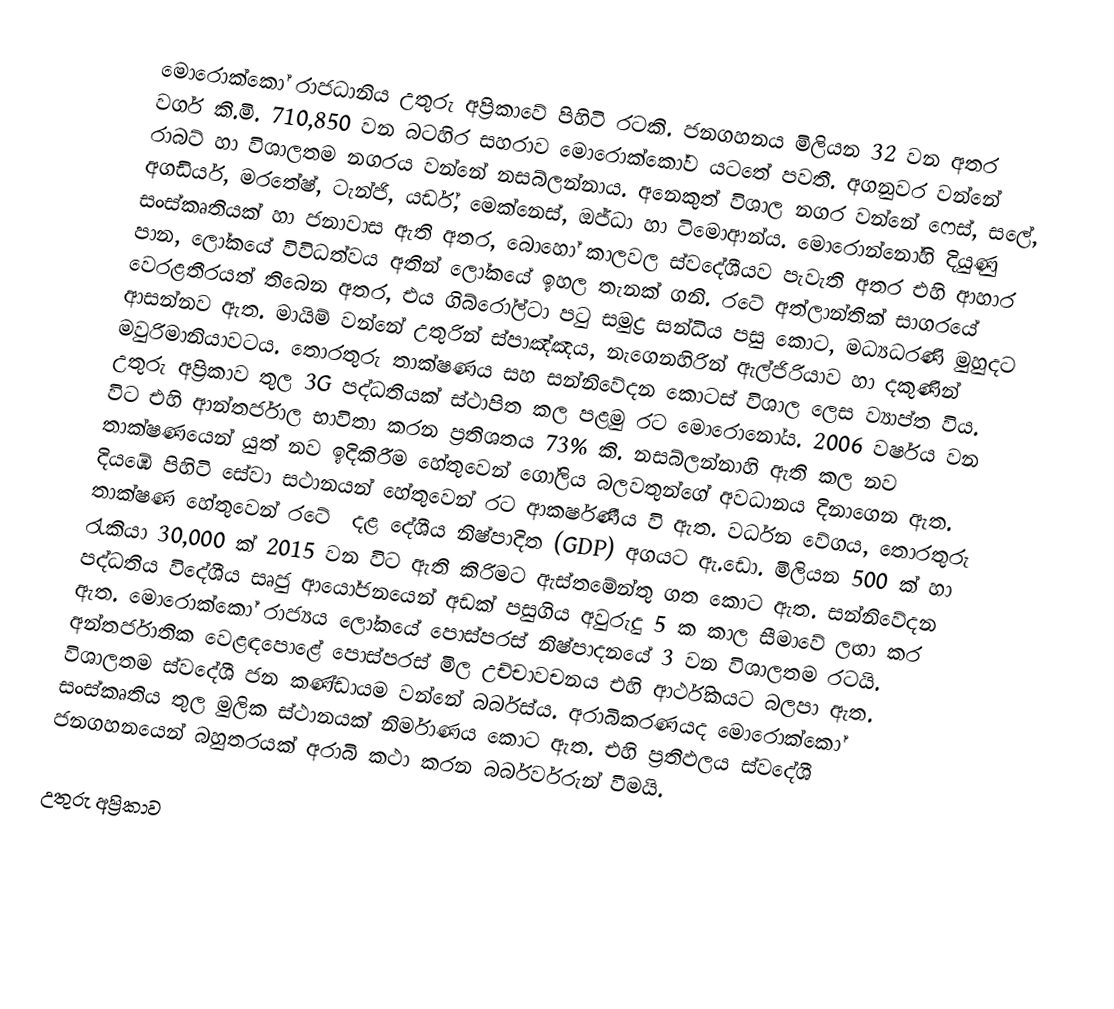
මොරොක්කෝ රාජධානිය උතුරු අප්‍රිකාවේ පිහිටි රටකි. ජනගහනය මිලියන 32 වන අතර වර්ග කි.මි. 710,850 වන බටහිර සහරාව මොරොක්කෝව යටතේ පවතී. අගනුවර වන්නේ රාබට් හා විශාලතම නගරය වන්නේ නසබ්ලන්නාය. අනෙකුත් විශාල නගර වන්නේ ෆෙස්, සලේ, අගඩියර්, මරතේෂ්, ටැන්ජි, යර්ඩ්, මෙක්නෙස්, ඔජ්ධා හා ටිමොආන්ය. මොරොන්නෝහි දියුණු සංස්කෘතියක් හා ජනාවාස ඇති අතර, බොහෝ කාලවල ස්වදේශීයව පැවැති අතර එහි ආහාර පාන, ලෝකයේ විවිධත්වය අතින් ලෝකයේ ඉහල තැනක් ගනි. රටේ අත්ලාන්තික් සාගරයේ වෙරළතීරයත් තිබෙන අතර, එය ගිබ්රෝල්ටා පටු සමුද්‍ර සන්ධිය පසු කොට, මධ්‍යධරණි මුහුදට ආසන්නව ඇත. මායිම් වන්නේ උතුරින් ස්පාඤ්ඤය, නැගෙනහිරින් ඇල්ජිරියාව හා දකුණින් මවුරිමානියාවටය. තොරතුරු තාක්ෂණය සහ සන්නිවේදන කොටස් විශාල ලෙස ව්‍යාප්ත විය. උතුරු අප්‍රිකාව තුල 3G පද්ධතියක් ස්ථාපිත කල පළමු රට මොරොනෝය. 2006 වර්ෂය වන විට එහි ආන්තර්ජාල භාවිතා කරන ප්‍රතිශතය 73% කි. නසබ්ලන්නාහි ඇති කල නව තාක්ෂණයෙන් යුත් නව ඉදිකිරීම හේතුවෙන් ගෝලිය බලවතුන්ගේ අවධානය දිනාගෙන ඇත. දියඹේ පිහිටි සේවා සථානයන් හේතුවෙන් රට ආකර්ෂණීය වි ඇත. වර්ධන වේගය, තොරතුරු තාක්ෂණ හේතුවෙන් රටේ ‍ දළ දේශීය නිෂ්පාදිත (GDP) අගයට ඇ.ඩො. මිලියන 500 ක් හා රැකියා 30,000 ක් 2015 වන විට ඇති කිරිමට ඇස්ත‍මේන්තු ගත කොට ඇත. සන්නිවේදන පද්ධතිය විදේශීය සෘජු ආයෝජනයෙන් අඩක් පසුගිය අවුරුදු 5 ක කාල සීමාවේ ලඟා කර ඇත. මොරොක්කෝ රාජ්‍යය ලෝකයේ පොස්පරස් නිෂ්පාදනයේ 3 වන විශාලතම රටයි. අන්තර්ජාතික වෙළඳපොළේ පොස්පරස් මිල උච්චාවචනය එහි ආර්ථිකයට බලපා ඇත. විශාලතම ස්ව‍දේශී ජන කණ්ඩායම වන්නේ බර්බස්ය. අරාබිකරණයද මොරොක්කෝ සංස්කෘතිය තුල මුලික ස්ථානයක් නිර්මාණය කොට ඇත. එහි ප්‍රතිඵලය ස්වදේශී ජනගහනයෙන් බහුතරයක් අරාබි කථා කරන බර්බර්වරුන් වීමයි.

උතුරු අප්‍රිකාව